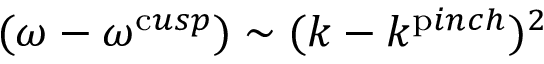
( \omega - \omega ^ { \mathrm { c } u s p } ) \sim ( k - k ^ { \mathrm { p } i n c h } ) ^ { 2 }